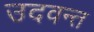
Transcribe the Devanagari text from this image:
उदवन्त